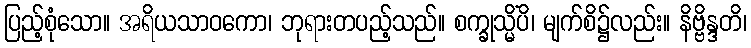
ပြည့်စုံသော။ အရိယသာဝကော၊ ဘုရားတပည့်သည်။ စက္ခုသ္မိံပိ၊ မျက်စိ၌လည်း။ နိဗ္ဗိန္ဒတိ၊